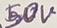
Text: 50V